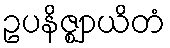
ဥပနိဇ္ဈာယိတံ